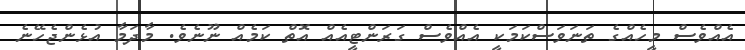
އެއްވެސް މީހެއްގެ ތަނަވަސްކަމަކީ އެއްވެސް ގަރަންޓީއެއް އޮތް ކަމެއް ނޫނެވެ. މާދަމާ އުޅެންޖެހޭނެ